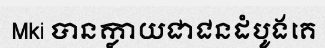
Mki បានក្លាយជាជនដំបូងគេ